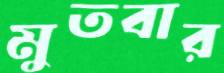
মুতবার